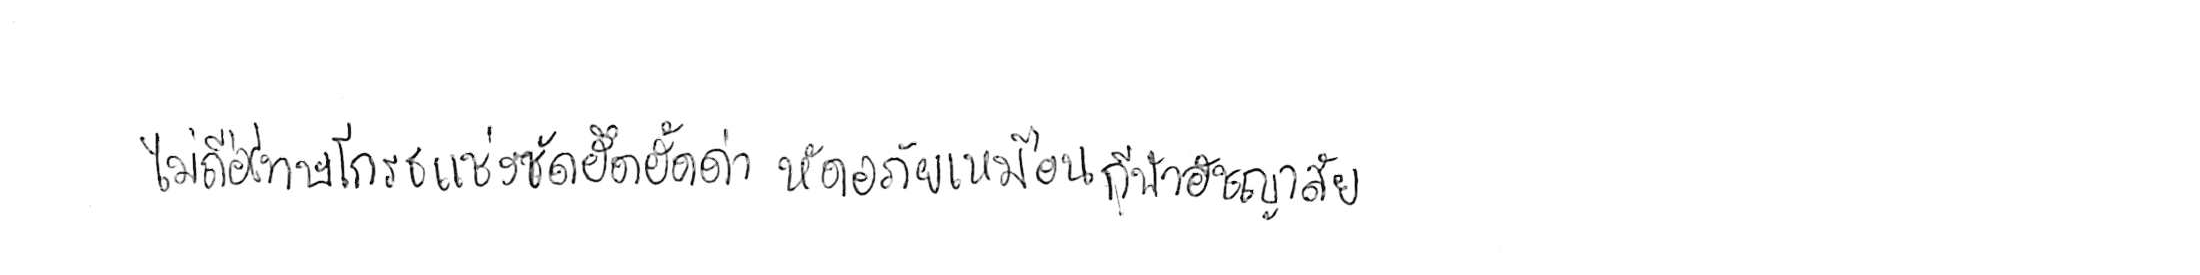
ไม่ถือโทษโกรธแช่งซัดฮึดฮัดด่า หัดอภัยเหมือนกีฬาอัชฌาสัย